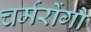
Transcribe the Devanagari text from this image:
चर्मरोंगो